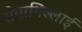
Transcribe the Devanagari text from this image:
सैवाथिल्लाई